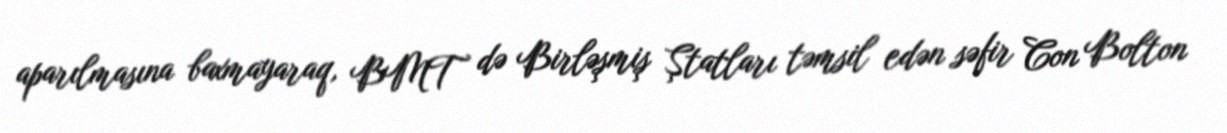
aparılmasına baxmayaraq, BMT də Birləşmiş Ştatları təmsil edən səfir Con Bolton